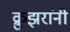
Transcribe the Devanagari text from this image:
क्रुझरांनी